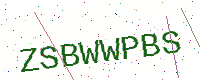
Text: ZSBWWPBS